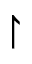
\upharpoonright